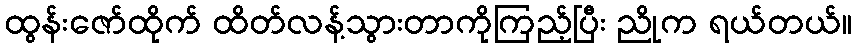
ထွန်းဇော်ထိုက် ထိတ်လန့်သွားတာကိုကြည့်ပြီး ညိုက ရယ်တယ်။